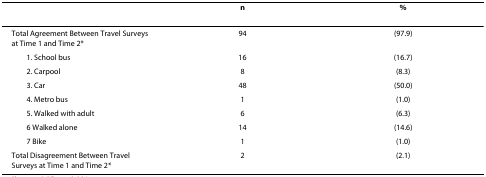
|  | n | % |
 | --- | --- | --- |
 | Total Agreement Between Travel Surveys at Time 1 and Time 2* | 94 | (97.9) |
 | 1. School bus | 16 | (16.7) |
 | 2. Carpool | 8 | (8.3) |
 | 3. Car | 48 | (50.0) |
 | 4. Metro bus | 1 | (1.0) |
 | 5. Walked with adult | 6 | (6.3) |
 | 6 Walked alone | 14 | (14.6) |
 | 7 Bike | 1 | (1.0) |
 | Total Disagreement Between Travel Surveys at Time 1 and Time 2* | 2 | (2.1) |